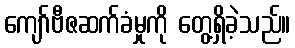
ကျော်ဗီဇဆက်ခံမှုကို တွေ့ရှိခဲ့သည်။